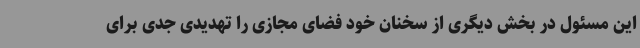
این مسئول در بخش دیگری از سخنان خود فضای مجازی را تهدیدی جدی برای